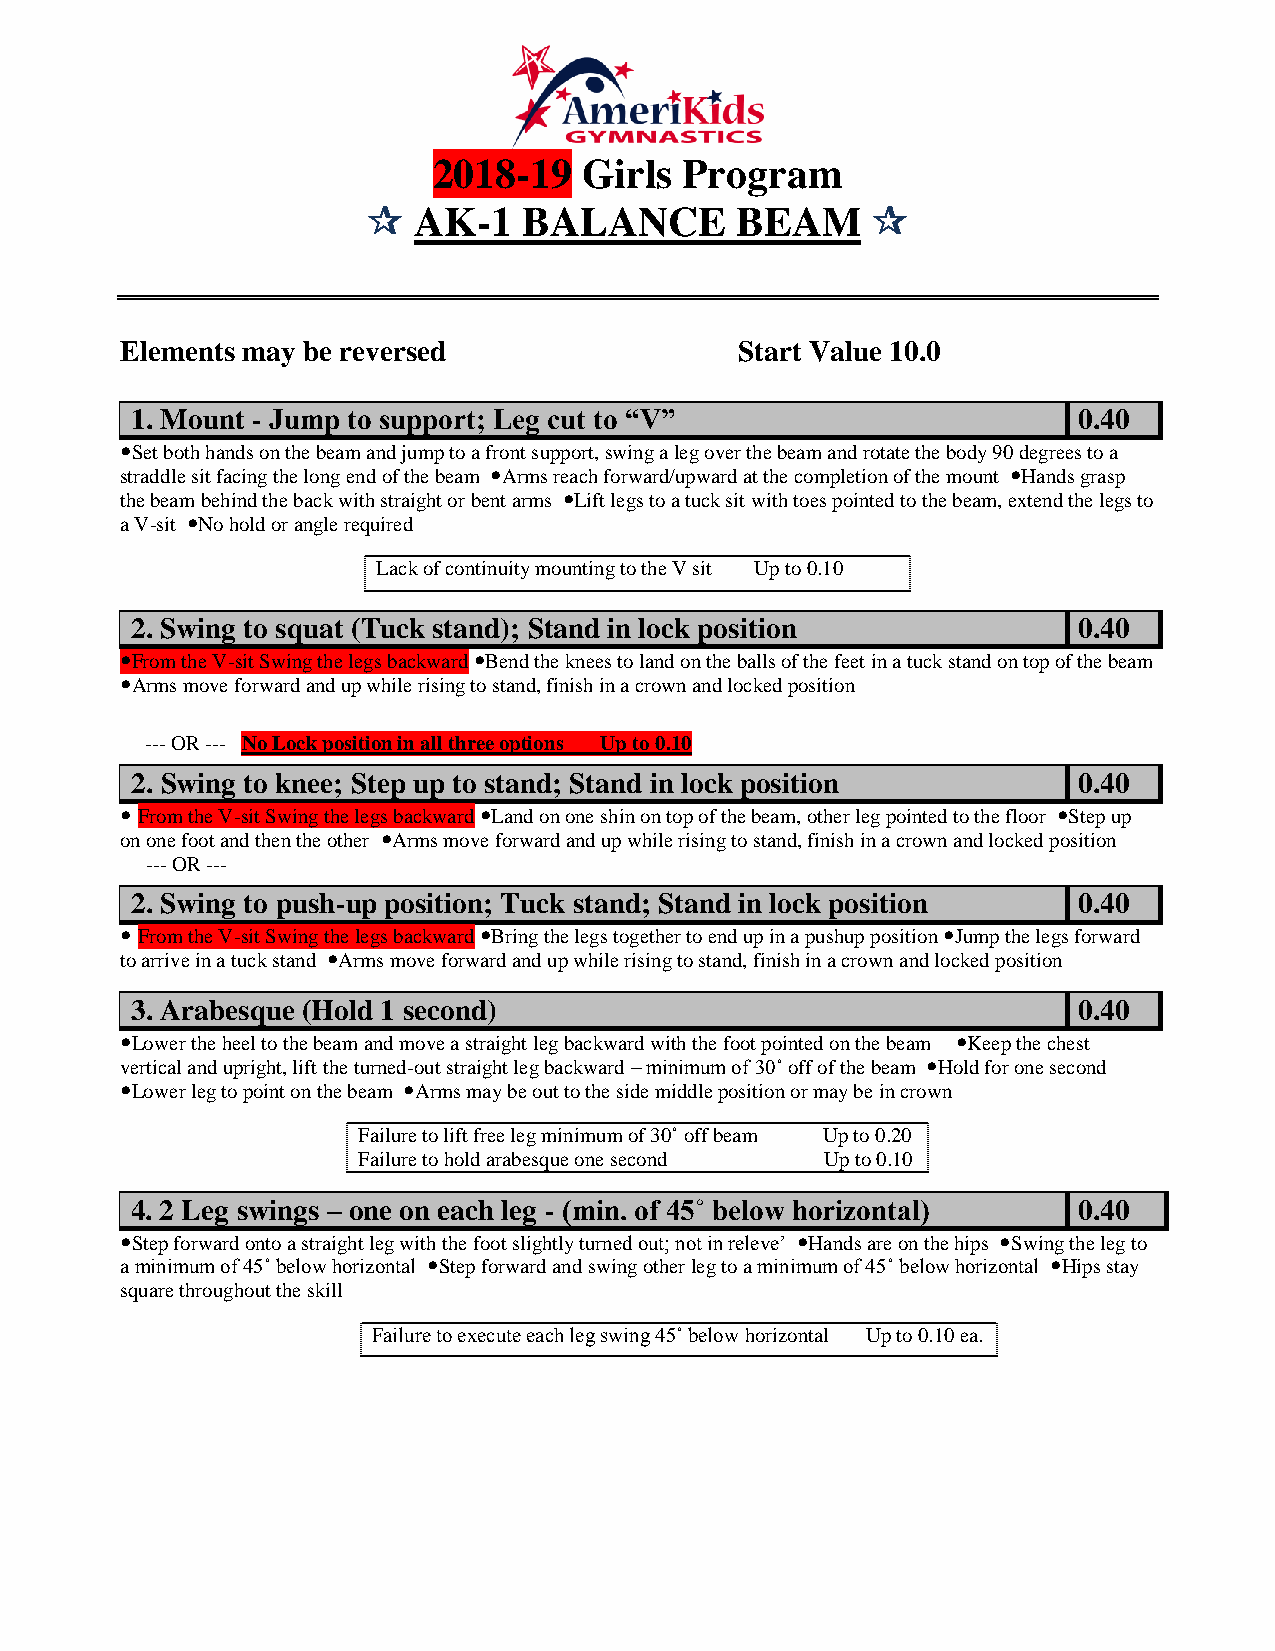
2018-19   Girls Program
   AK-1    BALANCE       BEAM     
 Elements may be reversed                 Start Value 10.0
 1. Mount - Jump to support; Leg cut to “V”                    0.40
 Set both hands on the beam and jump to a front support, swing a leg over the beam and rotate the body 90 degrees to a
 straddle sit facing the long end of the beam Arms reach forward/upward at the completion of the mount Hands grasp
 the beam behind the back with straight or bent arms Lift legs to a tuck sit with toes pointed to the beam, extend the legs to
 a V-sit No hold or angle required
 Lack of continuity mounting to the V sit Up to 0.10
 2. Swing to squat (Tuck stand); Stand in lock position        0.40
 From the V-sit Swing the legs backward Bend the knees to land on the balls of the feet in a tuck stand on top of the beam
 Arms move forward and up while rising to stand, finish in a crown and locked position
 --- OR --- No Lock position in all three options Up to 0.10
 2. Swing to knee; Step up to stand; Stand in lock position    0.40
  From the V-sit Swing the legs backward Land on one shin on top of the beam, other leg pointed to the floor Step up
 on one foot and then the other Arms move forward and up while rising to stand, finish in a crown and locked position
 --- OR ---
 2. Swing to push-up position; Tuck stand; Stand in lock position 0.40
  From the V-sit Swing the legs backward Bring the legs together to end up in a pushup position Jump the legs forward
 to arrive in a tuck stand Arms move forward and up while rising to stand, finish in a crown and locked position
 3. Arabesque (Hold 1 second)                                  0.40
 Lower the heel to the beam and move a straight leg backward with the foot pointed on the beam Keep the chest
 vertical and upright, lift the turned-out straight leg backward – minimum of 30˚ off of the beam Hold for one second
 Lower leg to point on the beam Arms may be out to the side middle position or may be in crown
 Failure to lift free leg minimum of 30˚ off beam Up to 0.20
 Failure to hold arabesque one second Up to 0.10
 4. 2 Leg swings – one on each leg - (min. of 45˚ below horizontal) 0.40
 Step forward onto a straight leg with the foot slightly turned out; not in releve’ Hands are on the hips Swing the leg to
 a minimum of 45˚ below horizontal Step forward and swing other leg to a minimum of 45˚ below horizontal Hips stay
 square throughout the skill
 Failure to execute each leg swing 45˚ below horizontal Up to 0.10 ea.